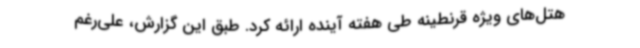
هتل‌های ویژه قرنطینه طی هفته آینده ارائه کرد. طبق این گزارش، علی‌رغم